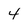
Character: 4